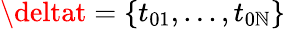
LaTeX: \deltat=\{ t_{01},...,t_{0\mathbb{N}}\}